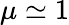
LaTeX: \mu\simeq 1